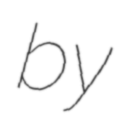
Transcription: by